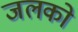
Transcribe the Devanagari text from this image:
जलको